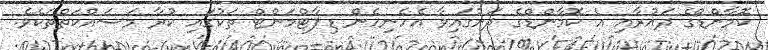
ކޮމާންޑްގެ ދައުރާއި އެ ކޮމާންޑްގެ ދަށުގައިވާ އެހެނިހެން ޑިޕާޓްމަންޓް ތަކުގައި ކުރާ މަސައްކަތްތަކެވެ.